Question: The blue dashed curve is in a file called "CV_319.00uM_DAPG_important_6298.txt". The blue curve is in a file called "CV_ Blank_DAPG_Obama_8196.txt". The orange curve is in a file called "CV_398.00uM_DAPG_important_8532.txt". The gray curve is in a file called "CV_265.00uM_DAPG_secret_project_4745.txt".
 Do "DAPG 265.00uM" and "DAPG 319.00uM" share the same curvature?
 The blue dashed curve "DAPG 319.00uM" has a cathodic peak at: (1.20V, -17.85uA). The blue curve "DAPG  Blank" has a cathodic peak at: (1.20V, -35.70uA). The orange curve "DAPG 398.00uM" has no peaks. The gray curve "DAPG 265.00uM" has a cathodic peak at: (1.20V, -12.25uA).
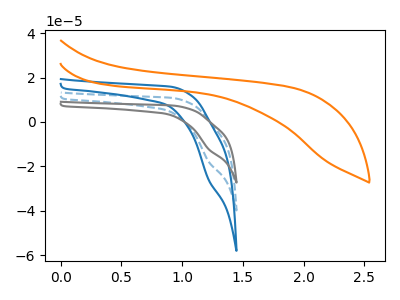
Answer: <think>All the peaks in "DAPG 265.00uM" have a peak in "DAPG 319.00uM" at the same potential. Every peak in "DAPG 265.00uM" is lower than every peak in "DAPG 319.00uM".
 </think>
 <answer>"DAPG 265.00uM" and "DAPG 319.00uM" are similar in shape.</answer>
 <eval>same_shape</eval>